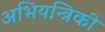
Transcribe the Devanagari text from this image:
अभियन्त्रिकी